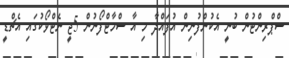
ސްޕްރިންޓުން ބުނީ އެކުންފުނިިން އުފައްދާ މި އާ ސްމާޓްފޯނުން 5ޖީ ނެޓްވޯކުގައި އެޗްޑީ